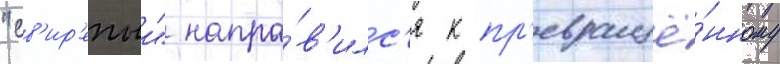
"св'ир'епыи" напра́в'илс'я к пр'евращё́нному